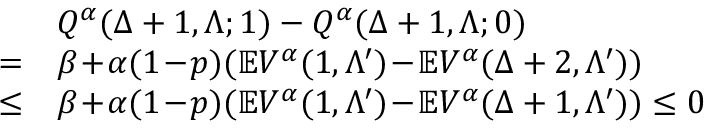
\begin{array} { r l } & { Q ^ { \alpha } ( \Delta + 1 , \Lambda ; 1 ) - Q ^ { \alpha } ( \Delta + 1 , \Lambda ; 0 ) } \\ { = } & { \beta \! + \! \alpha ( 1 \! - \! p ) ( \mathbb { E } V ^ { \alpha } ( 1 , \Lambda ^ { \prime } ) \! - \! \mathbb { E } V ^ { \alpha } ( \Delta + 2 , \Lambda ^ { \prime } ) ) } \\ { \leq } & { \beta \! + \! \alpha ( 1 \! - \! p ) ( \mathbb { E } V ^ { \alpha } ( 1 , \Lambda ^ { \prime } ) \! - \! \mathbb { E } V ^ { \alpha } ( \Delta + 1 , \Lambda ^ { \prime } ) ) \leq 0 } \end{array}